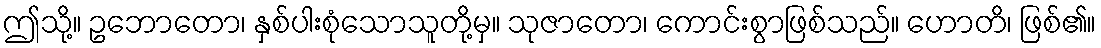
ဤသို့။ ဥဘောတော၊ နှစ်ပါးစုံသောသူတို့မှ။ သုဇာတော၊ ကောင်းစွာဖြစ်သည်။ ဟောတိ၊ ဖြစ်၏။